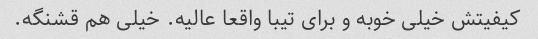
کیفیتش خیلی خوبه و برای تیبا واقعا عالیه. خیلی هم قشنگه.